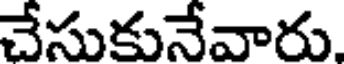
చేసుకునేవారు.